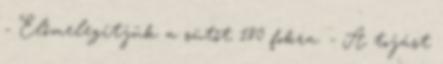
- Előmelegítjük a sütőt 180 fokra. - A tojást